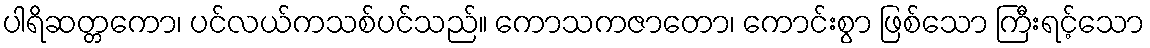
ပါရိဆတ္တကော၊ ပင်လယ်ကသစ်ပင်သည်။ ကောသကဇာတော၊ ကောင်းစွာ ဖြစ်သော ကြီးရင့်သော